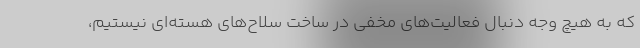
که به هیچ وجه دنبال فعالیت‌های مخفی در ساخت سلاح‌های هسته‌ای نیستیم،